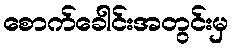
စောက်ခေါင်းအတွင်းမှ